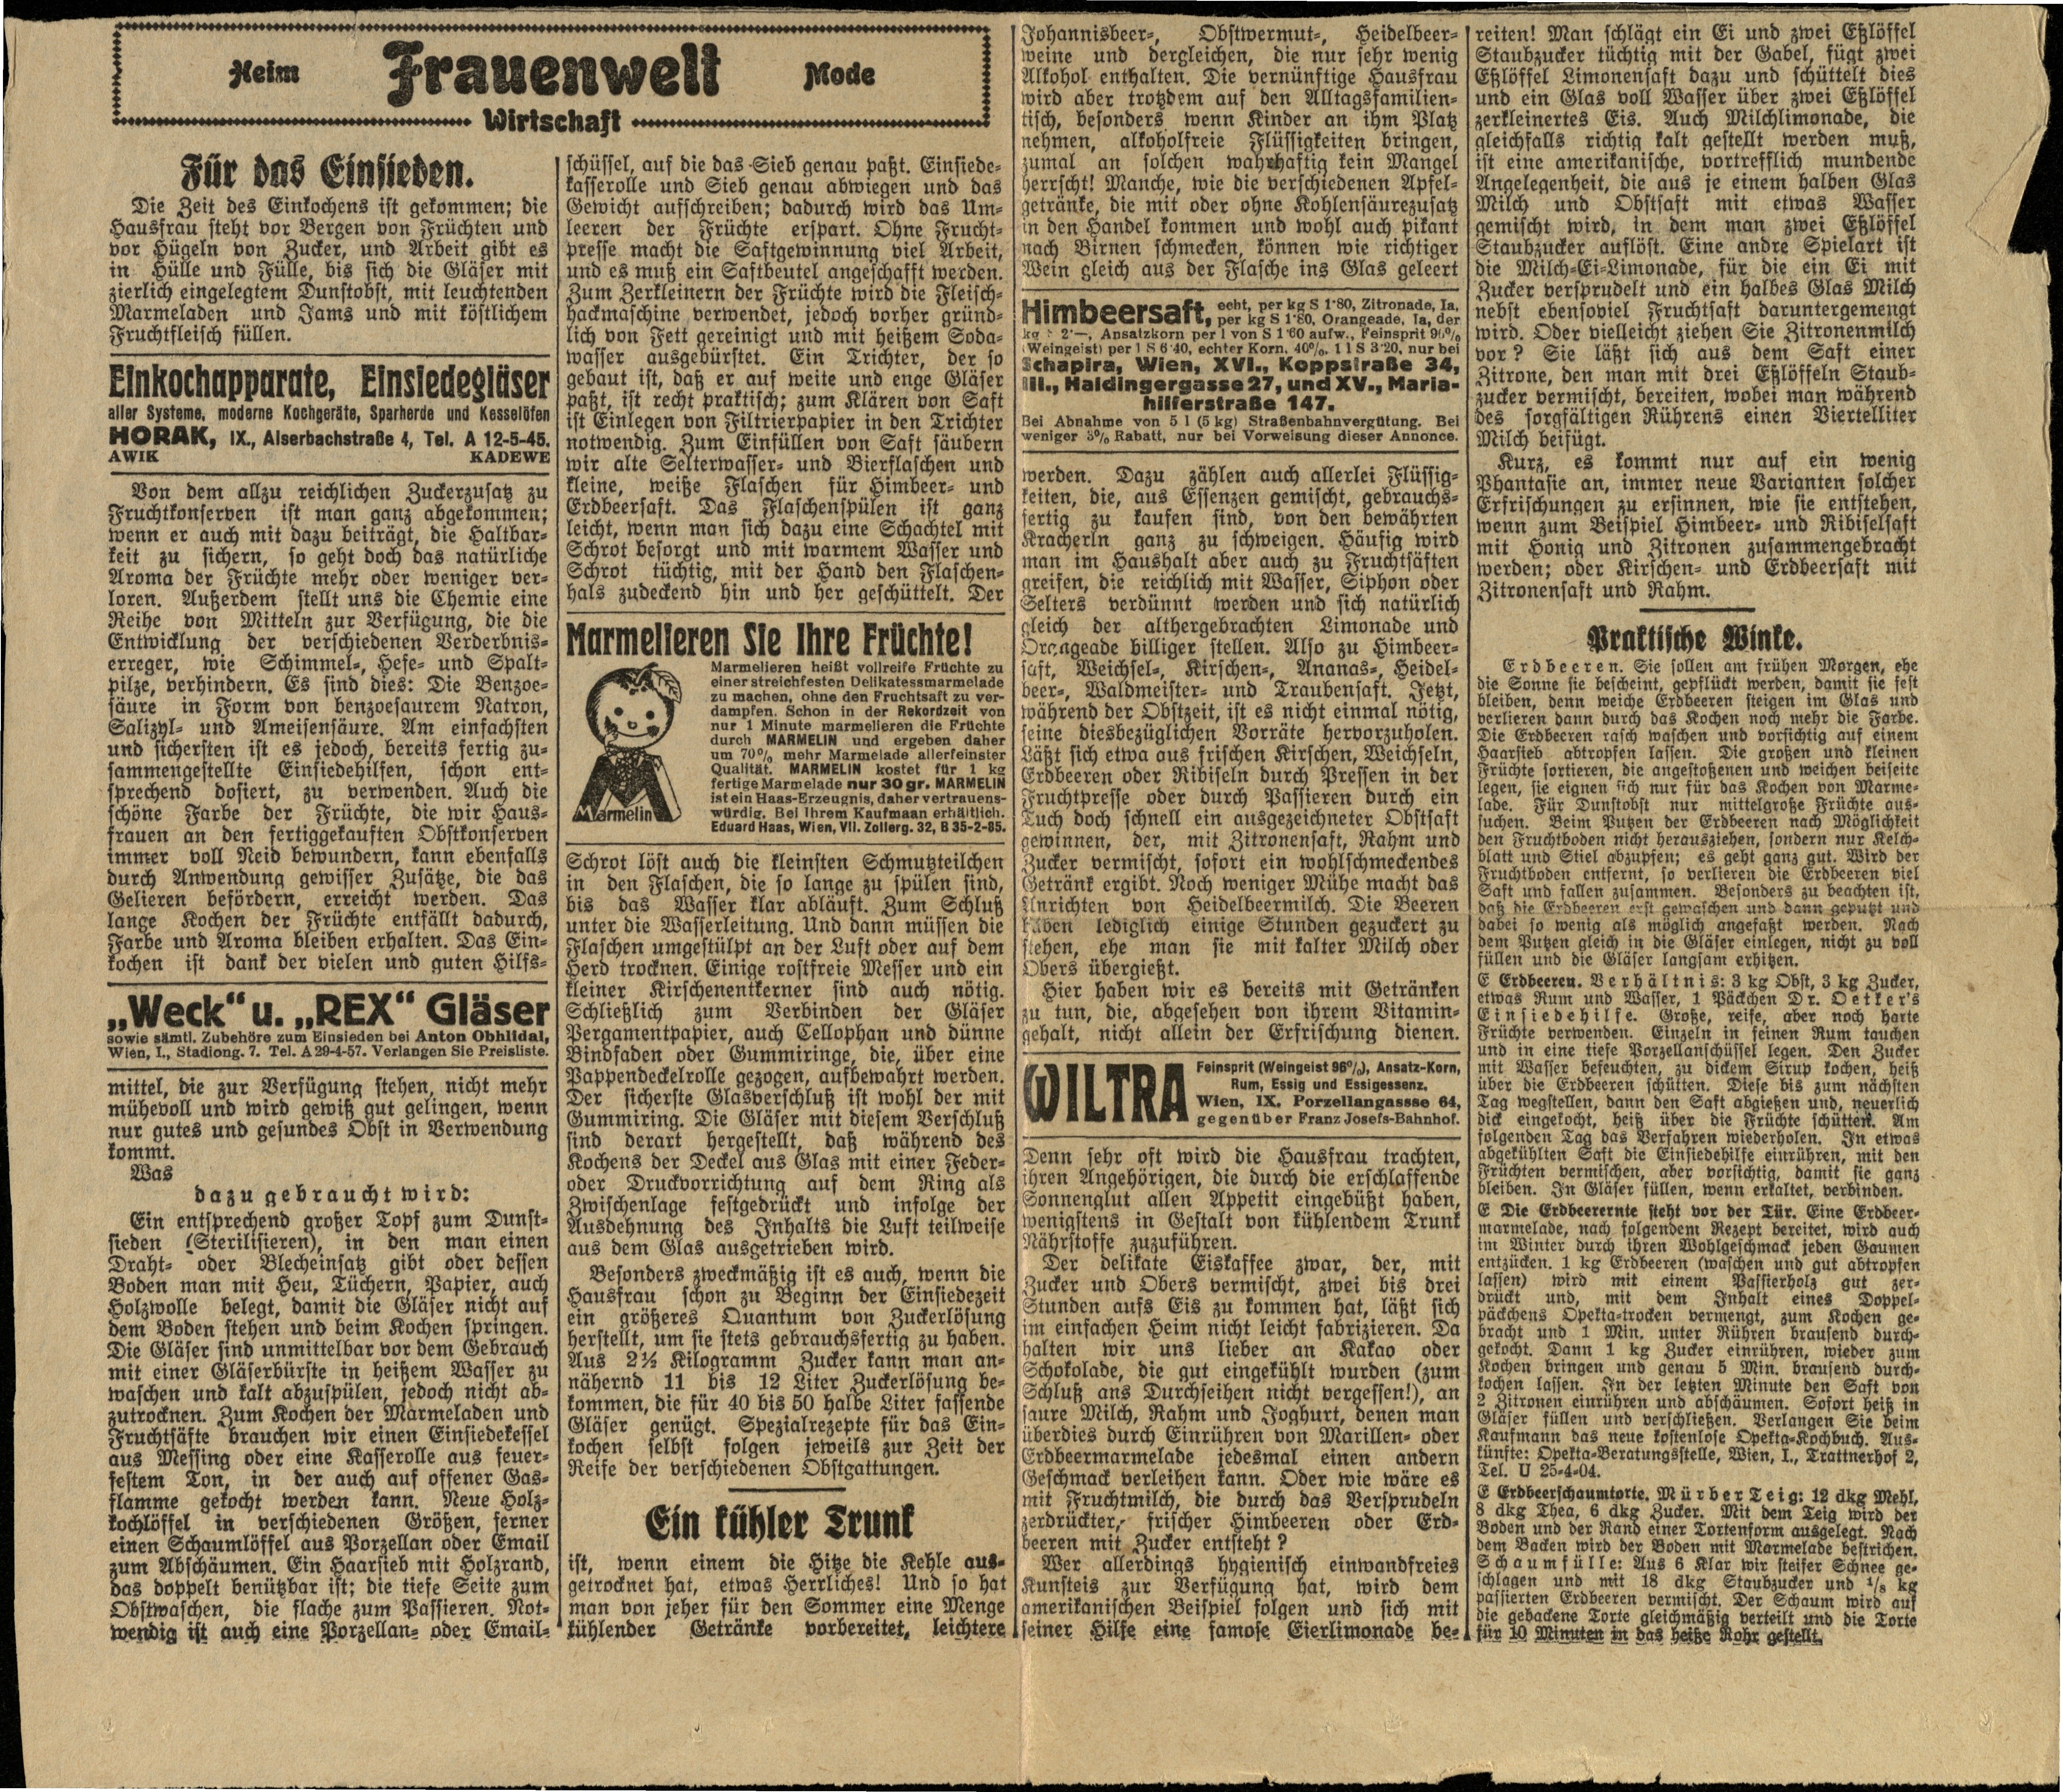
Heim Frauenwelt Mode
Wirtschaft

Für das Einsieden.
Die Zeit des Einkochens ist gekommen; die
Hausfrau steht vor Bergen von Früchten und
vor Hügeln von Zucker, und Arbeit gibt es
in Hülle und Fülle, bis sich die Gläser mit
zierlich eingelegtem Dunstobst, mit leuchtenden
Marmeladen und Jams und mit köstlichem
Fruchtfleisch füllen.

Von dem allzu reichlichen Zuckerzusatz zu
Fruchtkonserven ist man ganz abgekommen;
wenn er auch mit dazu beiträgt die Haltbar¬
keit zu sichern, so geht doch das natürliche
Aroma der Früchte mehr oder weniger ver¬
loren. Außerdem stellt uns die Chemie eine
Reihe von Mitteln zur Verfügung, die die
Entwicklung der verschiedenen Verderbnis¬
erreger, wie Schimmel-, Hefe- und Spalt¬
pilze, verhindern. Es sind dies: Die Benzoe¬
säure in Form von benzoesaurem Natron,
Salizyl- und Ameisensäure. Am einfachsten
und sichersten ist es jedoch, bereits fertig zu¬
sammengestellte Einsiedehilfen, schon ent¬
sprechend dosiert, zu verwenden. Auch die
schöne Farbe der Früchte, die wir Haus¬
frauen an den fertiggekauften Obstkonserven
immer voll Neid bewundern, kann ebenfalls
durch Anwendung gewisser Zusätze, die das
Gelieren befördern, erreicht werden. Das
lange Kochen der Früchte entfällt dadurch,
Farbe und Aroma bleiben erhalten. Das Ein¬
kochen ist dank der vielen und guten Hilfs-

mittel, die zur Verfügung stehen, nicht mehr
mühevoll und wird gewiß gut gelingen, wenn
nur gutes und gesundes Obst in Verwendung
kommt.
Was
dazu gebraucht wird:
Ein entsprechend großer Topf zum Dunst¬
sieden (Sterilisieren), in den man einen
Draht- oder Blecheinsatz gibt oder dessen
Boden man mit Heu, Tüchern, Papier, auch
Holzwolle belegt, damit die Gläser nicht auf
dem Boden stehen und beim Kochen springen.
Die Gläser sind unmittelbar vor dem Gebrauch
mit einer Gläserbürste in heißem Wasser zu
waschen und kalt abzuspülen, jedoch nicht ab¬
zutrocknen. Zum Kochen der Marmeladen und
Fruchtsäfte brauchen wir einen Einsiedekessel
aus Messing oder eine Kasserolle aus feuer¬
festem Ton, in der auch auf offener Gas¬
flamme gekocht werden kann. Neue Holz-
kochlöffel in verschiedenen Größen, ferner
einen Schaumlöffel aus Porzellan oder Email
zum Abschäumen. Ein Haarsieb mit Holzrand,
das doppelt benützbar ist; die tiefe Seite zum
Obstwaschen, die flache zum Passieren. Not¬
wendig ist auch eine Porzellan- oder Email¬

schüssel, auf die das Sieb genau paßt. Einsiede-
kasserolle und Sieb genau abwiegen und das
Gewicht aufschreiben; dadurch wird das Um¬
leeren der Früchte erspart. Ohne Frucht¬
presse macht die Saftgewinnung viel Arbeit,
und es muß ein Saftbeutel angeschafft werden.
Zum Zerkleinern der Früchte wird die Fleisch¬
hackmaschine verwendet, jedoch vorher gründ¬
lich von Fett gereinigt und mit heißem Soda¬
wasser ausgebürstet. Ein Trichter, der so
gebaut ist, daß er auf weite und enge Gläser
paßt, ist recht praktisch; zum Klären von Saft
ist Einlegen von Filtrierpapier in den Trichter
notwendig. Zum Einfüllen von Saft säubern
wir alte Selterwasser- und Bierflaschen und
kleine, weiße Flaschen für Himbeer- und
Erdbeersaft. Das Flaschenspülen ist ganz
leicht, wenn man sich dazu eine Schachtel mit
Schrot besorgt und mit warmem Wasser und
Schrot tüchtig, mit der Hand den Flaschen¬
hals zudeckend hin und her geschüttelt. Der

Schrot löst auch die kleinsten Schmutzteilchen
in den Flaschen, die so lange zu spülen sind,
bis das Wasser klar abläuft. Zum Schluß
unter die Wasserleitung. Und dann müssen die
Flaschen umgestülpt an der Luft oder auf dem
Herd trocknen. Einige rostfreie Messer und ein
kleiner Kirschenentkerner sind auch nötig.
Schließlich zum Verbinden der Gläser
Pergamentpapier, auch Cellophan und dünne
Bindfaden oder Gummiringe, die, über eine
Pappendeckelrolle gezogen, aufbewahrt werden.
Der sicherste Glasverschluß ist wohl der mit
Gummiring. Die Gläser mit diesem Verschluß
sind derart hergestellt, daß während des
Kochens der Deckel aus Glas mit einer Feder¬
oder Druckvorrichtung auf dem Ring als
Zwischenlage festgedruckt und infolge der
Ausdehnung des Inhalts die Luft teilweise
aus dem Glas ausgetrieben wird.
Besonders zweckmäßig ist es auch, wenn die
Hausfrau schon zu Beginn der Einsiedezeit
ein größeres Quantum von Zuckerlösung
herstellt, um sie stets gebrauchsfertig zu haben.
Aus 2½ Kilogramm Zucker kann man an¬
nähernd 11 bis 12 Liter Zuckerlösung be¬
kommen, die für 40 bis 50 halbe Liter fassende
Gläser genügt. Spezialrezepte für das Ein¬
kochen selbst folgen jeweils zur Zeit der
Reife der verschiedenen Obstgattungen.

Ein kühler Trunk
ist, wenn einem die Hitze die Kehle aus-
getrocknet hat, etwas Herrliches! Und so hat
man von jeher für den Sommer eine Menge
kühlender Getränke vorbereitet, leichtere

Johannisbeer-, Obstwermut-, Heidelbeer-
weine und dergleichen, die nur sehr wenig
Alkohol enthalten. Die vernünftige Hausfrau
wird aber trotzdem auf den Alltagsfamilien¬
tisch, besonders wenn Kinder an ihm Platz
nehmen, alkoholfreie Flüssigkeiten bringen,
zumal an solchen wahrhaftig kein Mangel
herrscht! Manche, wie die verschiedenen Apfel¬
getränke, die mit oder ohne Kohlensäurezusatz
in den Handel kommen und wohl auch pikant
nach Birnen schmecken, können wie richtiger
Wein gleich aus der Flasche ins Glas geleert

werden. Dazu zählen auch allerlei Flüssig¬
keiten, die, aus Essenzen gemischt, gebrauchs¬
fertig zu kaufen sind, von den bewährten
Kracherln ganz zu schweigen. Häufig wird
man im Haushalt aber auch zu Fruchtsäften
greifen, die reichlich mit Wasser, Siphon oder
Selters verdünnt werden und sich natürlich
gleich der althergebrachten Limonade und
Orangeade billiger stellen. Also zu Himbeer¬
saft, Weichsel-, Kirschen-, Ananas-, Heidel-
beer-, Waldmeister- und Traubensaft. Jetzt,
während der Obstzeit, ist es nicht einmal nötig,
seine diesbezüglichen Vorräte hervorzuholen.
Läßt sich etwa aus frischen Kirschen, Weichseln,
Erdbeeren oder Ribiseln durch Pressen in der
Fruchtpresse oder durch Passieren durch ein
Tuch doch schnell ein ausgezeichneter Obstsaft
gewinnen, der, mit Zitronensaft, Rahm und
Zucker vermischt, sofort ein wohlschmeckendes
Getränk ergibt. Noch weniger Mühe macht das
Anrichten von Heidelbeermilch. Die Beeren
haben lediglich einige Stunden gezuckert zu
stehen, ehe man sie mit kalter Milch oder
Obers übergießt.
Hier haben wir es bereits mit Getränken
zu tun, die, abgesehen von ihrem Vitamin¬
gehalt, nicht allein der Erfrischung dienen.

Denn sehr oft wird die Hausfrau trachten,
ihren Angehörigen, die durch die erschlaffende
Sonnenglut allen Appetit eingebüßt haben,
wenigstens in Gestalt von kühlendem Trunk
Nährstoffe zuzuführen.
Der delikate Eiskaffee zwar, der, mit
Zucker und Obers vermischt, zwei bis drei
Stunden aufs Eis zu kommen hat, läßt sich
im einfachen Heim nicht leicht fabrizieren. Da
halten wir uns lieber an Kakao oder
Schokolade, die gut eingekühlt wurden (zum
Schluß ans Durchseihen nicht vergessen!), an
saure Milch, Rahm und Joghurt, denen man
überdies durch Einrühren von Marillen- oder
Erdbeermarmelade jedesmal einen andern
Geschmack verleihen kann. Oder wie wäre es
mit Fruchtmilch, die durch das Versprudeln
zerdrückter, frischer Himbeeren oder Erd-
beeren mit Zucker entsteht?
Wer allerdings hygienisch einwandfreies
Kunsteis zur Verfügung hat, wird dem
amerikanischen Beispiel folgen und sich mit
seiner Hilfe eine famose Eierlimonade be¬

reiten! Man schlägt ein Ei und zwei Eßlöffel
Staubzucker tüchtig mit der Gabel, fügt zwei
Eßlöffel Limonensaft dazu und schüttelt dies
und ein Glas voll Wasser über zwei Eßlöffel
zerkleinertes Eis. Auch Milchlimonade, die
gleichfalls richtig kalt gestellt werden muß,
ist eine amerikanische, vortrefflich mundende
Angelegenheit, die aus je einem halben Glas
Milch und Obstsaft mit etwas Wasser
gemischt wird, in dem man zwei Eßlöffel
Staubzucker auflöst. Eine andre Spielart ist
die Milch-Ei-Limonade, für die ein Ei mit
Zucker versprudelt und ein halbes Glas Milch
nebst ebensoviel Fruchtsaft daruntergemengt
wird. Oder vielleicht ziehen Sie Zitronenmilch
vor? Sie läßt sich aus dem Saft einer
Zitrone, den man mit drei Eßlöffeln Staub¬
zucker vermischt, bereiten, wobei man während
des sorgfältigen Rührens einen Viertelliter
Milch beifügt.
Kurz, es kommt nur auf ein wenig
Phantasie an, immer neue Varianten solcher
Erfrischungen zu ersinnen, wie sie entstehen,
wenn zum Beispiel Himbeer- und Ribiselsaft
mit Honig und Zitronen zusammengebracht
werden; oder Kirschen- und Erdbeersaft mit
Zitronensaft und Rahm.

Praktische Winke.

Erdbeeren. Sie sollen am frühen Morgen, ehe
die Sonne sie bescheint, gepflückt werden, damit sie fest
bleiben, denn weiche Erdbeeren steigen im Glas und
verlieren dann durch das Kochen noch mehr die Farbe.
Die Erdbeeren rasch waschen und vorsichtig auf einem
Haarsieb abtropfen lassen. Die großen und kleinen
Früchte sortieren, die angestoßenen und weichen beiseite
legen, sie eignen sich nur für das Kochen von Marme¬
lade. Für Dunstobst nur mittelgroße Früchte aus-
suchen. Beim Putzen der Erdbeeren nach Möglichkeit
den Fruchtboden nicht herausziehen, sondern nur Kelch¬
blatt und Stiel abzupfen; es geht ganz gut. Wird der
Fruchtboden entfernt, so verlieren die Erdbeeren viel
Saft und fallen zusammen. Besonders zu beachten ist,
daß die Erdbeeren erst gewaschen und dann geputzt und
dabei so wenig als möglich angefaßt werden. Nach
dem Putzen gleich in die Gläser einlegen, nicht zu voll
füllen und die Gläser langsam erhitzen.

E Erdbeeren. Verhältnis: 3 kg Obst, 3 kg Zucker,
etwas Rum und Wasser, 1 Päckchen Dr. Oetker's
Einsiedehilfe. Große, reife, aber noch harte
Früchte verwenden. Einzeln in feinen Rum tauchen
und in eine tiefe Porzellanschüssel legen. Den Zucker
mit Wasser befeuchten, zu dickem Sirup kochen, heiß
über die Erdbeeren schütten. Diese bis zum nächsten
Tag wegstellen, dann den Saft abgießen und, neuerlich
dick eingekocht, heiß über die Früchte schüttet. Am
folgenden Tag das Verfahren wiederholen. In etwas
abgekühlten Saft die Einsiedehilfe einrühren, mit den
Früchten vermischen, aber vorsichtig, damit sie ganz
bleiben. In Gläser füllen, wenn erkaltet, verbinden.

E Die Erdbeerernte steht vor der Tür. Eine Erdbeer-
marmelade, nach folgendem Rezept bereitet, wird auch
im Winter durch ihren Wohlgeschmack jeden Gaumen
entzücken. 1 kg Erdbeeren (waschen und gut abtropfen
lassen) wird mit einem Passierholz gut zer¬
drückt und, mit dem Inhalt eines Doppel¬
päckchens Opekta-trocken vermengt, zum Kochen ge-
bracht und 1 Min. unter Rühren brausend durch¬
gekocht. Dann 1 kg Zucker einrühren, wieder zum
Kochen bringen und genau 5 Min. brausend durch¬
kochen lassen, Zn der letzten Minute den Saft von
2 Zitronen einrühren und abschäumen. Sofort heiß in
Gläser füllen und verschließen. Verlangen Sie beim
Kaufmann das neue kostenlose Opekta-Kochbuch. Aus¬
künfte: Opekta-Beratungsstelle, Wien, I., Trattnerhof 2,
Tel. U 25-4-04.

E Erdbeerschaumtorte. Mürber Teig: 12 dkg Mehl,
8 dkg Thea, 6 dkg Zucker. Mit dem Teig wird der
Boden und der Rand einer Tortenform ausgelegt. Nach
dem Backen wird der Boden mit Marmelade bestrichen.
Schaumfülle: Aus 6 Klar wir steifer Schnee ge¬
schlagen und mit 18 dkg Staubzucker und ⅛ kg
passierten Erdbeeren vermischt. Der Schaum wird auf
die gebackene Torte gleichmäßig verteilt und die Torte
für 10 Minuten in das heiße Rohr gestellt.